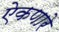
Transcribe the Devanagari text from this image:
ऐकणारे